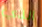
الذي